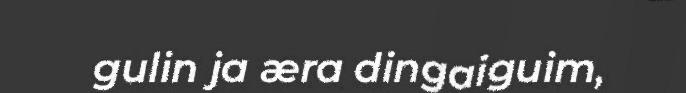
gulin ja æra dingaiguim,